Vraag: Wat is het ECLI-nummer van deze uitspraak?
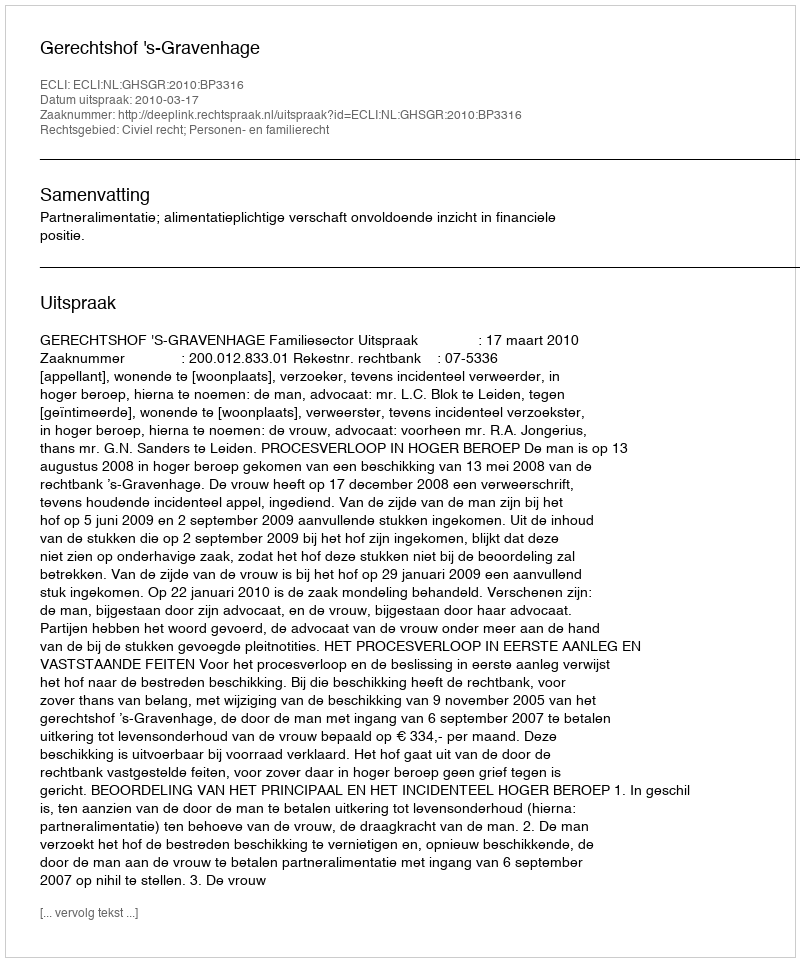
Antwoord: ECLI:NL:GHSGR:2010:BP3316